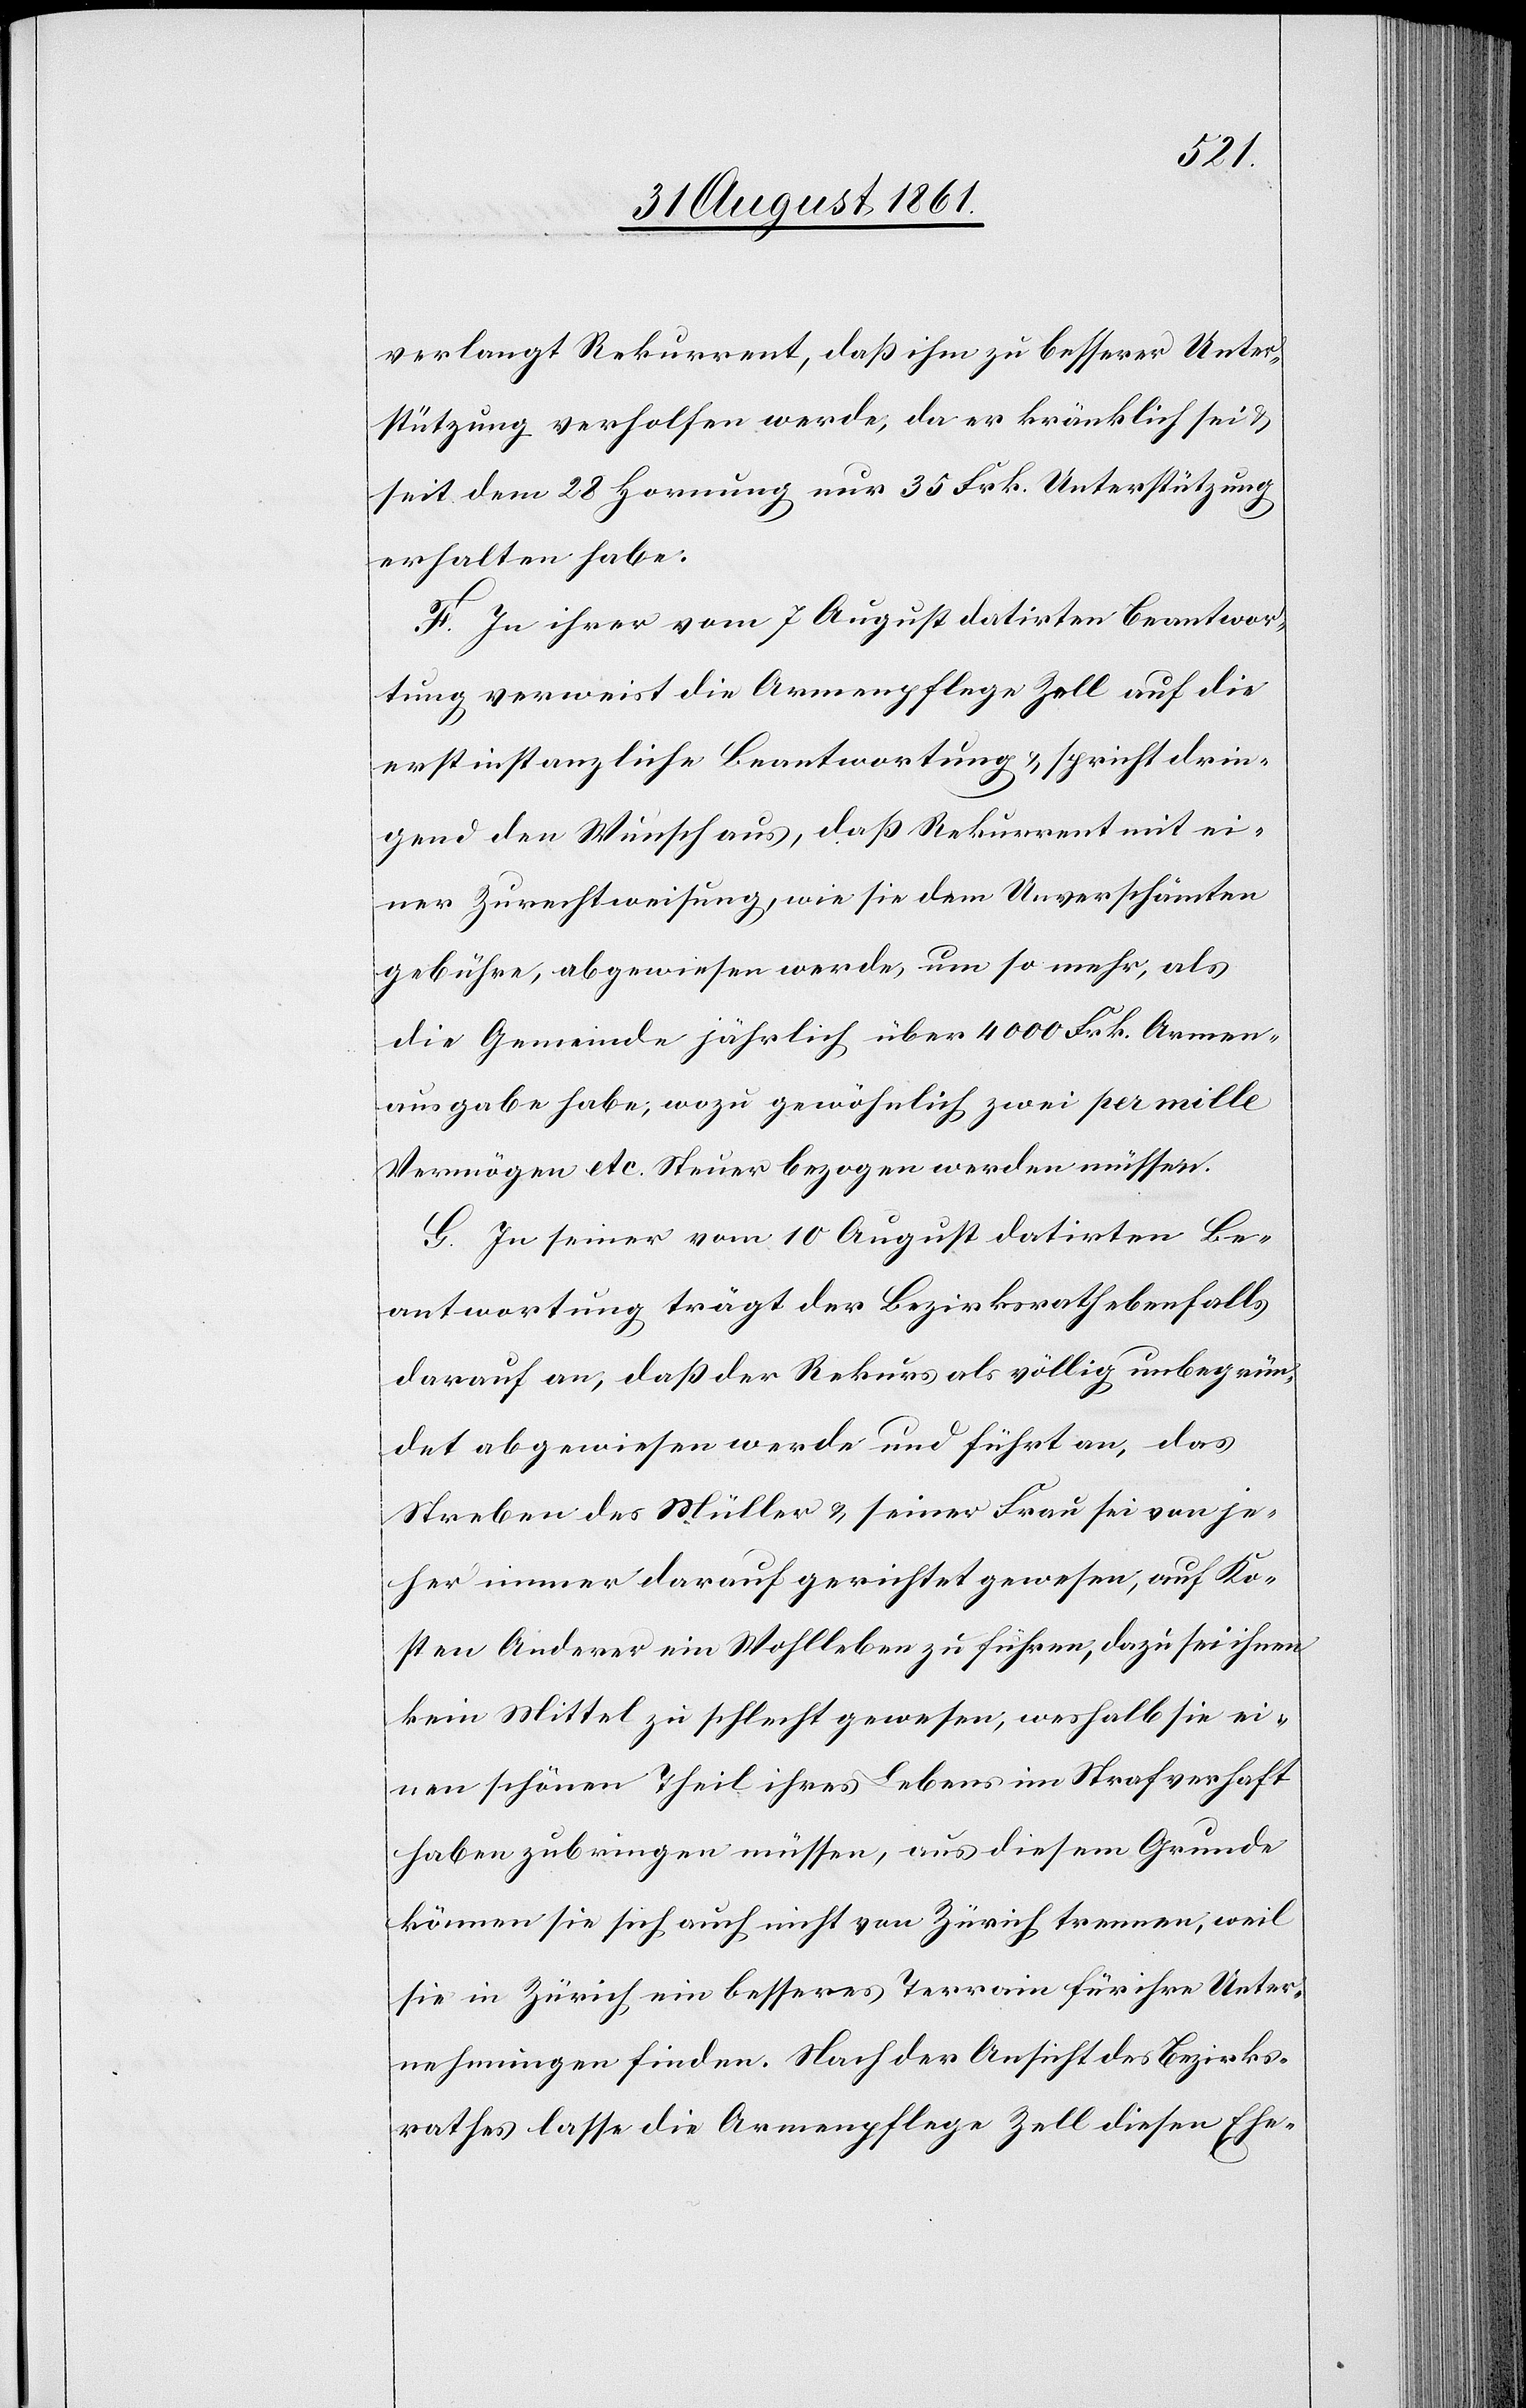
verlangt Rekurrent, daß ihm zu besserer Unter¬
stützung verholfen werde, da er kränklich sei u.
seit dem 28 Hornung nur 35 Frk. Unterstützung
erhalten habe.
F. In ihrer vom 7 August datirten Beantwor¬
tung verweist die Armenpflege Zell auf die
erstinstanzliche Beantwortung u. spricht drin¬
gend den Wunsch aus, daß Rekurrent mit ei¬
ner Zurechtweisung, wie sie dem Unverschämten
gebühre, abgewiesen werde, um so mehr, als
die Gemeinde jährlich über 4000 Frk. Armen¬
ausgabe habe, wozu gewöhnlich zwei per mille
Vermögen etc. Steuer bezogen werden müssen.
G. In seiner vom 10 August datirten Be¬
antwortung trägt der Bezirksrath ebenfalls
darauf an, daß der Rekurs als völlig unbegrün¬
det abgewiesen werde und führt an, das
Streben des Müller u. seiner Frau sei von je¬
her immer darauf gerichtet gewesen, auf Ko¬
sten Anderer ein Wohlleben zu führen, dazu sei ihnen
kein Mittel zu schlecht gewesen, weshalb sie ei¬
nen schönen Theil ihres Lebens im Strafverhaft
haben zubringen müssen, aus diesem Grunde
können sie sich auch nicht von Zürich trennen, weil
sie in Zürich, ein besseres Terrain für ihre Unter¬
nehmungen finden. Nach der Ansicht des Bezirks¬
rathes lasse die Armenpflege Zell diesen Ehe-